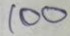
100